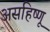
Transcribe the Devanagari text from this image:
असहिष्णू